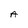
Character: A